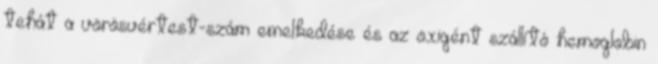
tehát a vörösvértest-szám emelkedése és az oxigént szállító hemoglobin